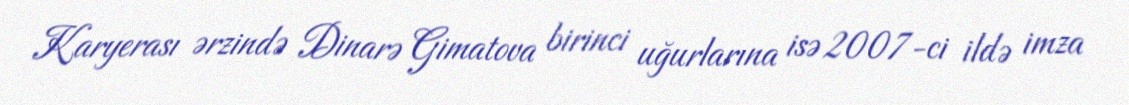
Karyerası ərzində Dinarə Gimatova birinci uğurlarına isə 2007-ci ildə imza